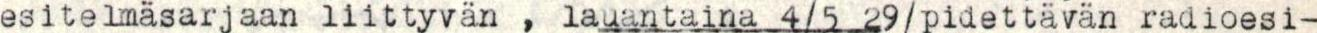
esitelmäsarjaan liittyvän , lauantaina 4/5 29/pidettävän radioesi-